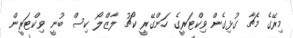
މިރޭގެ މެޗާ ގުޅިގެން ވިކްޓަރީގެ ހަންގޭރީ ކޯޗު ލާޒްލޯ ކިސް ބުނީ ވިކްޓަރީން